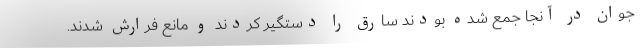
جوان در آنجا جمع شده بودند سارق را دستگیر کردند و مانع فرارش شدند.